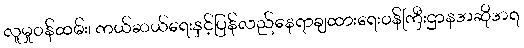
လူမှုဝန်ထမ်း၊ ကယ်ဆယ်ရေးနှင့်ပြန်လည်နေရာချထားရေးဝန်ကြီးဌာနအဆိုအရ